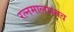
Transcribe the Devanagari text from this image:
रत्नमालास्तव